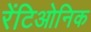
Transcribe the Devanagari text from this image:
रेंटिओनिक